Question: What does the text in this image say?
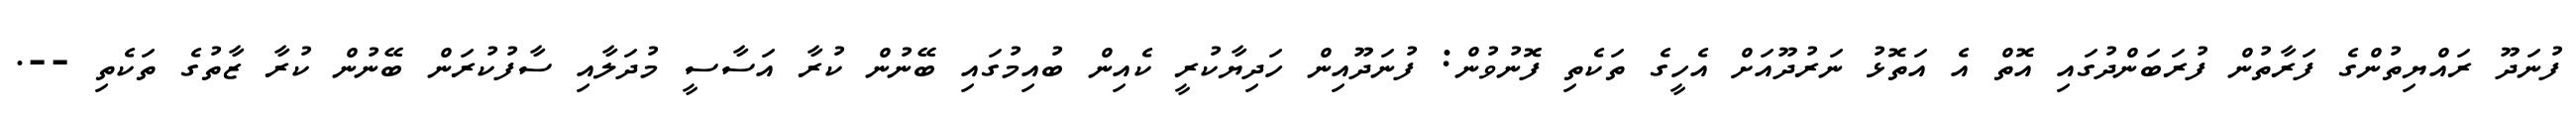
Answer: ފުނަދޫ ރައްޔިތުންގެ ފަރާތުން ފުރަބަންދުގައި އޮތް އެ އަތޮޅު ނަރުދޫއަށް އެހީގެ ތަކެތި ފޮނުވުން: ފުނަދޫއިން ހަދިޔާކުރީ ކެއިން ބުއިމުގައި ބޭނުން ކުރާ އަސާސީ މުދަލާއި ސާފުކުރަން ބޭނުން ކުރާ ޒާތުގެ ތަކެތި --.